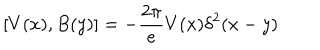
[ V ( x ) , B ( y ) ] = - { \frac { 2 \pi } { e } } V ( x ) \delta ^ { 2 } ( x - y )